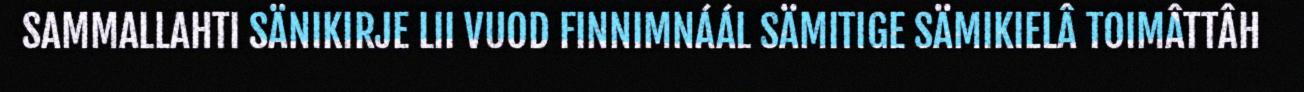
SAMMALLAHTI SÄNIKIRJE LII VUOD FINNIMNÁÁL SÄMITIGE SÄMIKIELÂ TOIMÂTTÂH